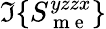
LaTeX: \Im\{ S_{\mathrm{~m~e~}}^{yzzx}\}